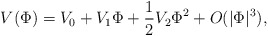
\begin{align*}V(\Phi)=V_0+V_1\Phi+\frac{1}{2}V_2\Phi^2+O(|\Phi|^3),\end{align*}